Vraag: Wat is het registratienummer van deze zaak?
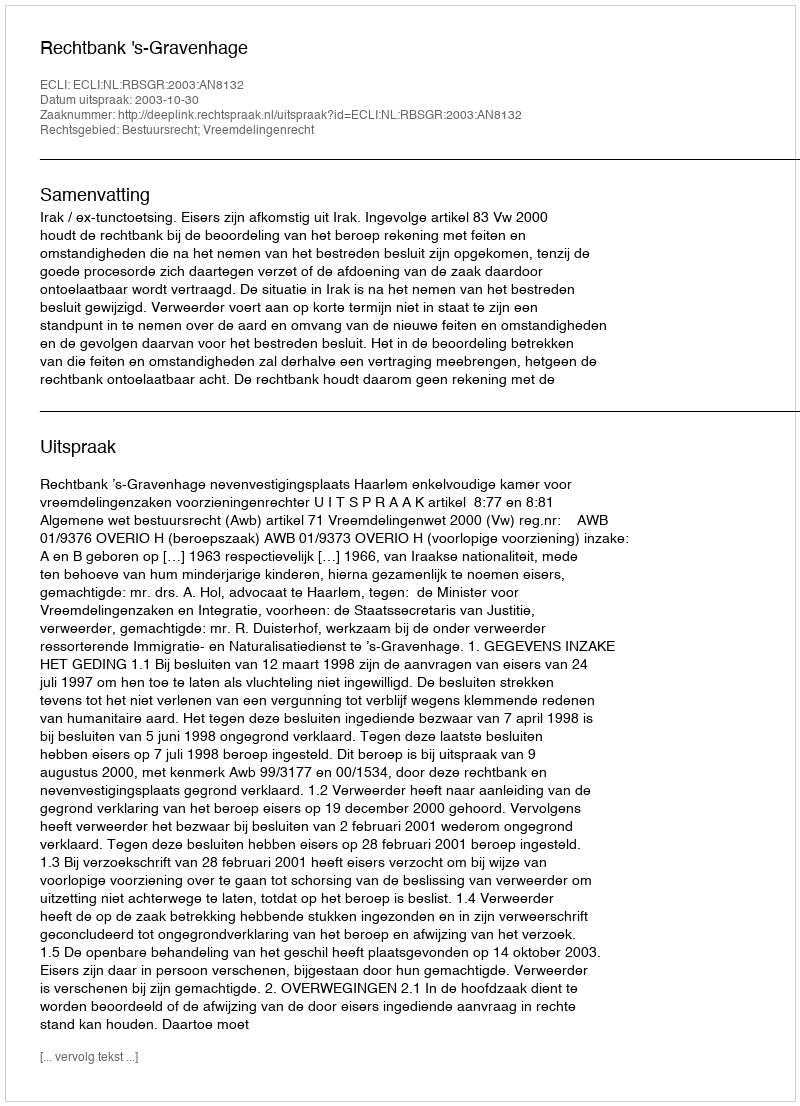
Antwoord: http://deeplink.rechtspraak.nl/uitspraak?id=ECLI:NL:RBSGR:2003:AN8132